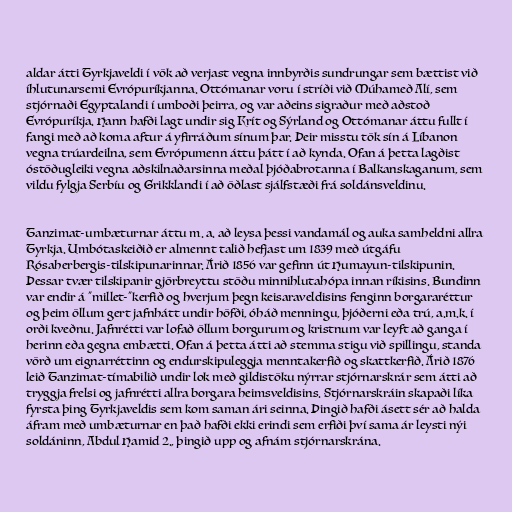
aldar átti Tyrkjaveldi í vök að verjast vegna innbyrðis sundrungar sem bættist við
íhlutunarsemi Evrópuríkjanna. Ottómanar voru í stríði við Múhameð Alí, sem
stjórnaði Egyptalandi í umboði þeirra, og var aðeins sigraður með aðstoð
Evrópuríkja. Hann hafði lagt undir sig Krít og Sýrland og Ottómanar áttu fullt í
fangi með að koma aftur á yfirráðum sínum þar. Þeir misstu tök sín á Líbanon
vegna trúardeilna, sem Evrópumenn áttu þátt í að kynda. Ofan á þetta lagðist
óstöðugleiki vegna aðskilnaðarsinna meðal þjóðabrotanna í Balkanskaganum, sem
vildu fylgja Serbíu og Grikklandi í að öðlast sjálfstæði frá soldánsveldinu.

Tanzimat-umbæturnar áttu m. a. að leysa þessi vandamál og auka samheldni allra
Tyrkja. Umbótaskeiðið er almennt talið hefjast um 1839 með útgáfu
Rósaherbergis-tilskipunarinnar. Árið 1856 var gefinn út Humayun-tilskipunin.
Þessar tvær tilskipanir gjörbreyttu stöðu minnihlutahópa innan ríkisins. Bundinn
var endir á "millet-"kerfið og hverjum þegn keisaraveldisins fenginn borgararéttur
og þeim öllum gert jafnhátt undir höfði, óháð menningu, þjóðerni eða trú, a.m.k. í
orði kveðnu. Jafnrétti var lofað öllum borgurum og kristnum var leyft að ganga í
herinn eða gegna embætti. Ofan á þetta átti að stemma stigu við spillingu, standa
vörð um eignarréttinn og endurskipuleggja menntakerfið og skattkerfið. Árið 1876
leið Tanzimat-tímabilið undir lok með gildistöku nýrrar stjórnarskrár sem átti að
tryggja frelsi og jafnrétti allra borgara heimsveldisins. Stjórnarskráin skapaði líka
fyrsta þing Tyrkjaveldis sem kom saman ári seinna. Þingið hafði ásett sér að halda
áfram með umbæturnar en það hafði ekki erindi sem erfiði því sama ár leysti nýi
soldáninn, Abdul Hamid 2., þingið upp og afnám stjórnarskrána.